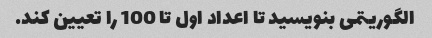
الگوریتمی بنویسید تا اعداد اول تا 100 را تعیین کند.